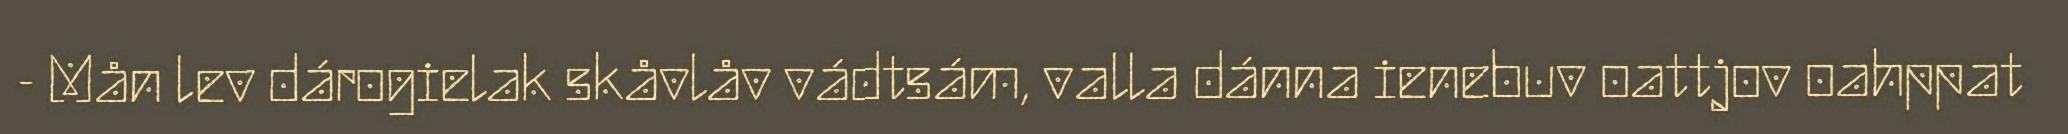
- Mån lev dárogielak skåvlåv vádtsám, valla dánna ienebuv oattjov oahppat